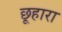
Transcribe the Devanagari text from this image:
छूहारा